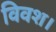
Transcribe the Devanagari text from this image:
विवश।